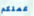
عملكم